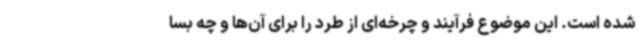
شده است. این موضوع فرآیند و چرخه‌ای از طرد را برای آن‌ها و چه بسا